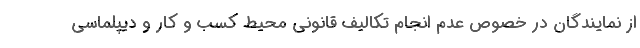
از نمایندگان در خصوص عدم انجام تکالیف قانونی محیط کسب و کار و دیپلماسی